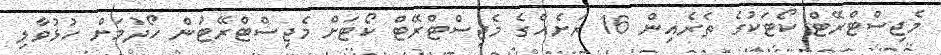
މެޖިސްޓްރޭޓް ކޯޓަކުގެ ތެރެއިން 16 ރަށެއްގެ މެޖިސްޓްރޭޓް ކޯޓަށް މެޖިސްޓްރޭޓުން ހޯދުމަށް ހުޅުވާލި